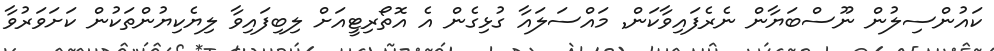
ކައުންސިލުން ނޫސްބަޔާން ނެރެފައިވާކަން